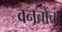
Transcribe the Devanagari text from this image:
वनचोंचा